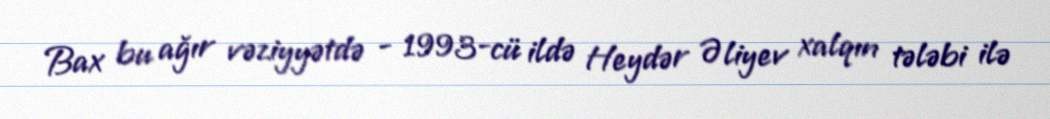
Bax bu ağır vəziyyətdə - 1993-cü ildə Heydər Əliyev xalqın tələbi ilə